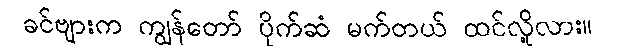
ခင်ဗျားက ကျွန်တော် ပိုက်ဆံ မက်တယ် ထင်လို့လား။